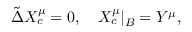
\tilde { \Delta } { X _ { c } ^ { \mu } } = 0 , \quad { X _ { c } ^ { \mu } } { | _ { B } } = { Y ^ { \mu } } ,